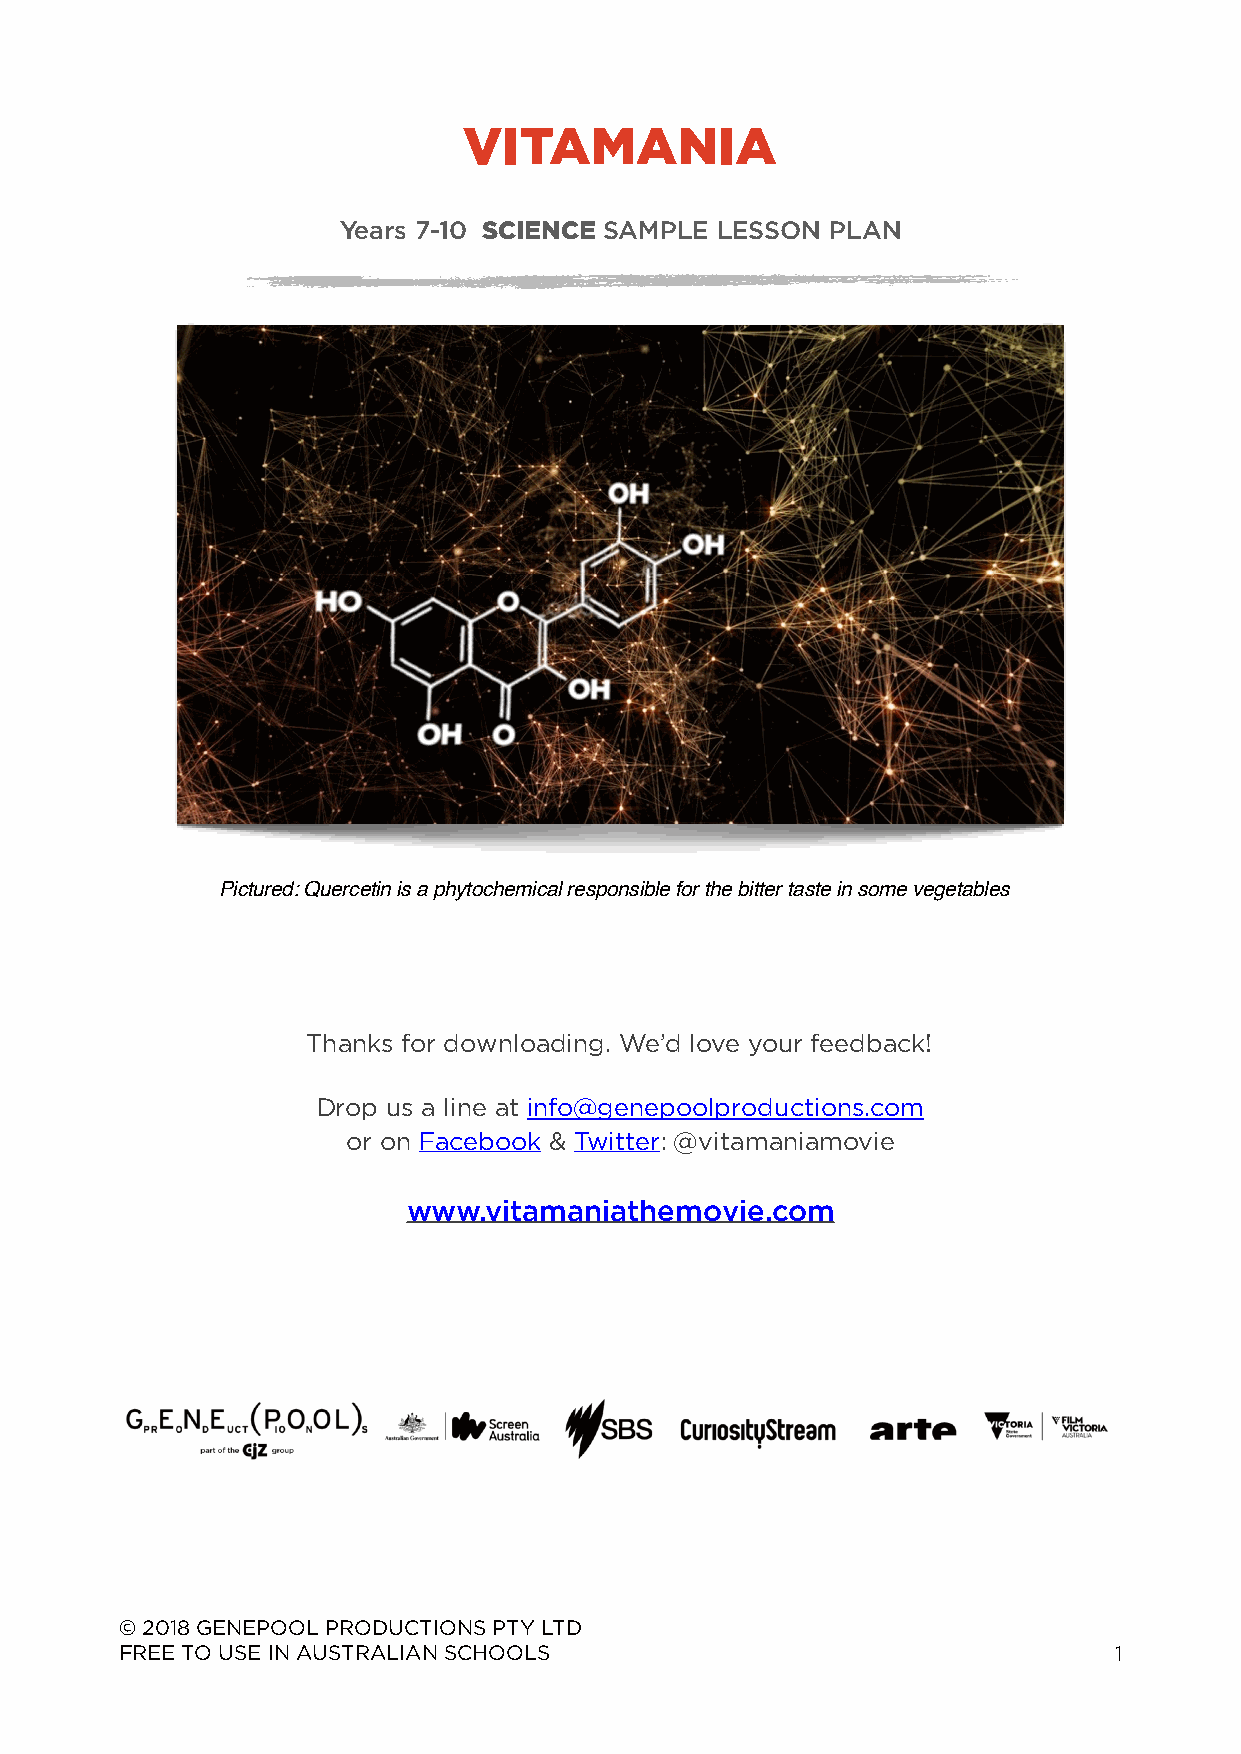
VITAMANIA
 Years 7-10 SCIENCE SAMPLE LESSON PLAN
 Pictured: Quercetin is a phytochemical responsible for the bitter taste in some vegetables
 Thanks for downloading. We’d love your feedback!
 Drop us a line at info@genepoolproductions.com
 or on Facebook & Twitter: @vitamaniamovie
 www.vitamaniathemovie.com
 © 2018 GENEPOOL PRODUCTIONS PTY LTD
 FREE TO USE IN AUSTRALIAN SCHOOLS                                 1